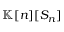
\mathbb { K } [ n ] [ S _ { n } ]